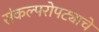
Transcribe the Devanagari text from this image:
संकल्परोपट्याचे